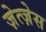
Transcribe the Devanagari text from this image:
ज़ेत्ज़ेस